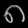
Digit: ၈